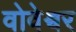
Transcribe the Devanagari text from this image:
वोवेश्वर